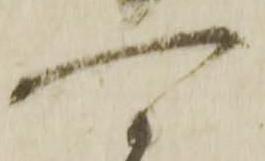
可